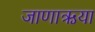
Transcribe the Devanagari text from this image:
जाणाऋया